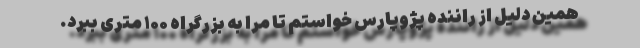
همین دلیل از راننده پژوپارس خواستم تا مرا به بزرگراه ۱۰۰ متری ببرد.